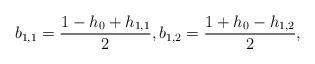
LaTeX: \begin{align*} b_{1,1} = \frac{1 - h_0 +h_{1,1}}{2} , b_{1,2} = \frac{1 + h_0 - h_{1,2}}{2},\end{align*}